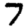
Digit: 7